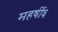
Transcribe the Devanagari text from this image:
महर्षी६